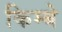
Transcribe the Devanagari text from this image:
किम्बे